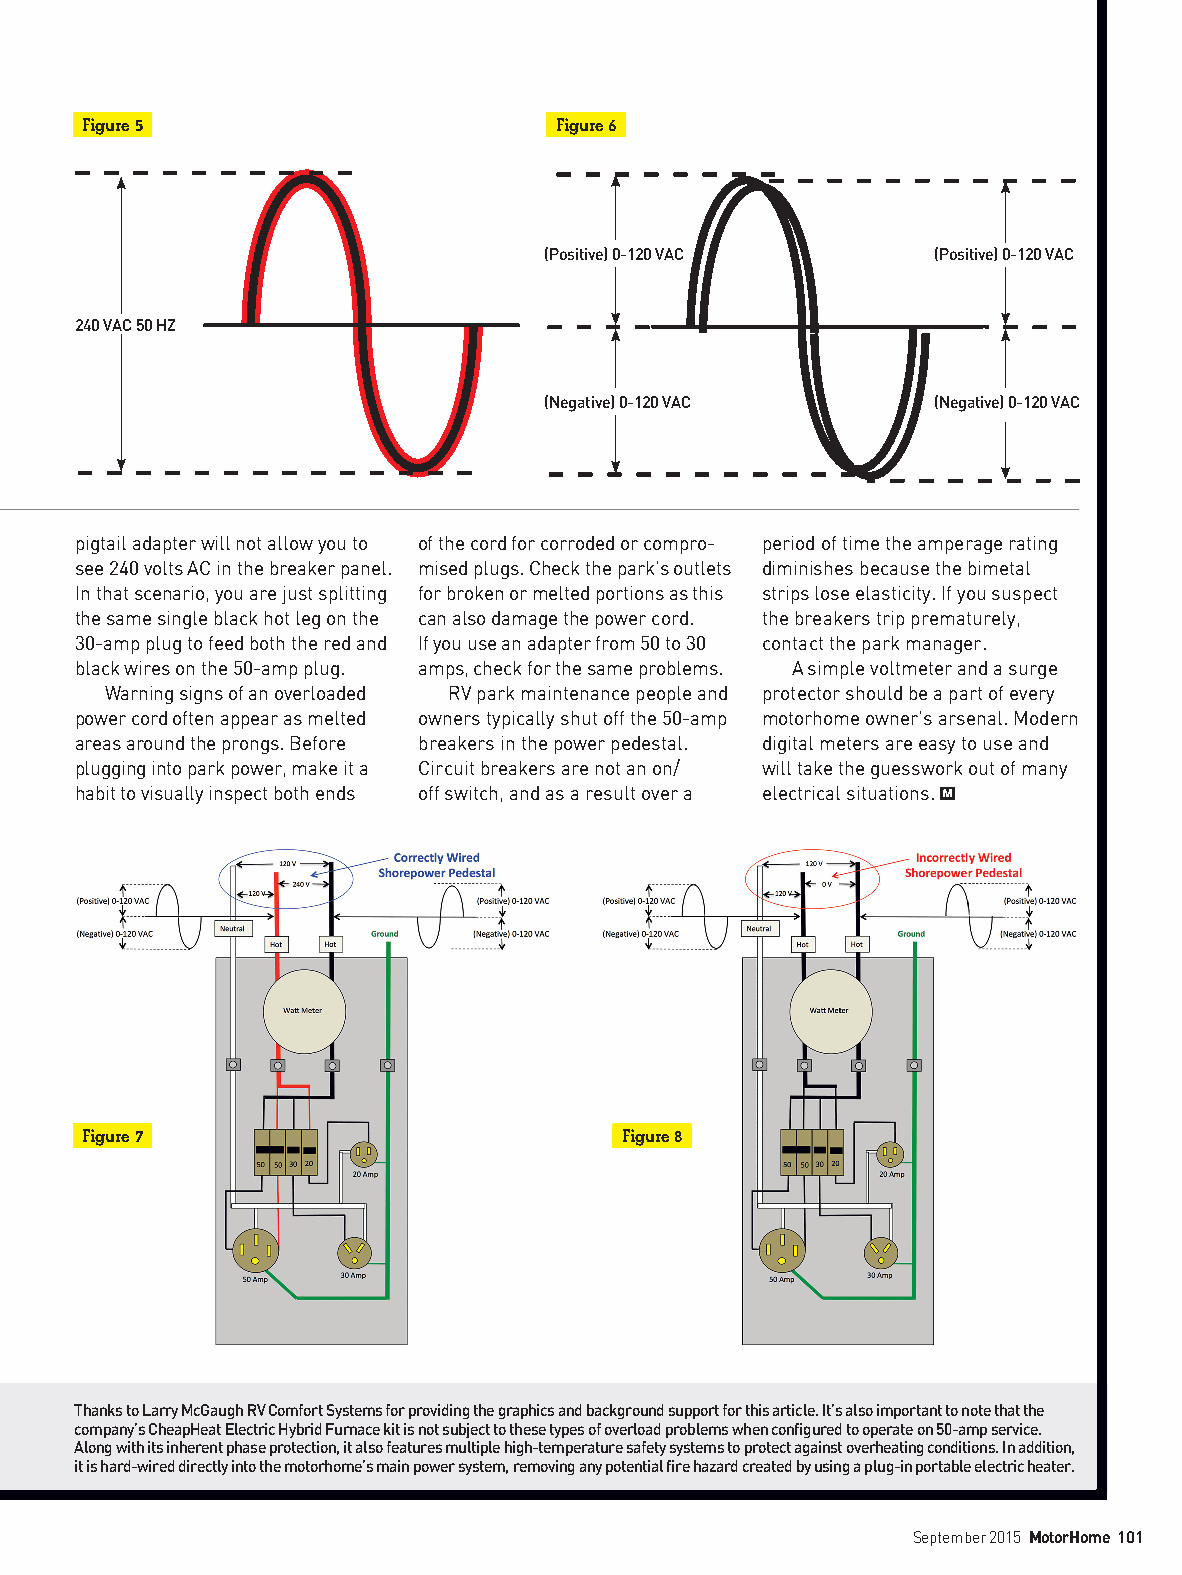
Figure 5                       Figure 6
 (Positive) 0-120 VAC      (Positive) 0-120 VAC
 240 VAC 50 HZ
 (Negative) 0-120 VAC      (Negative) 0-120 VAC
 pigtail adapter will not allow you to of the cord for corroded or compro- period of time the amperage rating
 see 240 volts AC in the breaker panel. mised plugs. Check the park’s outlets diminishes because the bimetal
 In that scenario, you are just splitting for broken or melted portions as this strips lose elasticity. If you suspect
 the same single black hot leg on the can also damage the power cord. the breakers trip prematurely,
 30-amp plug to feed both the red and If you use an adapter from 50 to 30 contact the park manager.
 black wires on the 50-amp plug. amps, check for the same problems. A simple voltmeter and a surge
 Warning signs of an overloaded RV park maintenance people and protector should be a part of every
 power cord often appear as melted owners typically shut off the 50-amp motorhome owner’s arsenal. Modern
 areas around the prongs. Before breakers in the power pedestal. digital meters are easy to use and
 plugging into park power, make it a Circuit breakers are not an on/ will take the guesswork out of many
 habit to visually inspect both ends off switch, and as a result over a electrical situations.
 Figure 7                           Figure 8
 Thanks to Larry McGaugh RV Comfort Systems for providing the graphics and background support for this article. It’s also important to note that the
 company’s CheapHeat Electric Hybrid Furnace kit is not subject to these types of overload problems when configured to operate on 50-amp service.
 Along with its inherent phase protection, it also features multiple high-temperature safety systems to protect against overheating conditions. In addition,
 it is hard-wired directly into the motorhome’s main power system, removing any potential fire hazard created by using a plug-in portable electric heater.
 September 2015 MotorHome 101